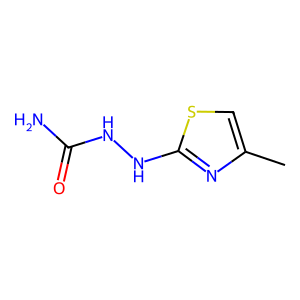
SMILES: Cc1csc(NNC(N)=O)n1
Inhibits HIV replication: No